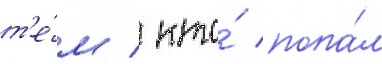
т'е́м / кто́ попа́л